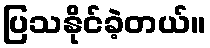
ပြသနိုင်ခဲ့တယ်။